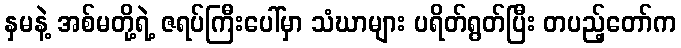
နှမနဲ့ အစ်မတို့ရဲ့ ဇရပ်ကြီးပေါ်မှာ သံဃာများ ပရိတ်ရွတ်ပြီး တပည့်တော်က